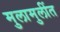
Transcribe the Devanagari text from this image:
मुलामुलींत